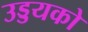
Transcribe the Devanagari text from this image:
उड्डयको